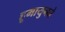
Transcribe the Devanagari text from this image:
हूमायुनने